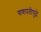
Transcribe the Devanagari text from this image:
गणपतीपुढे